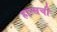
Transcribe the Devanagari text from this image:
हान्सची